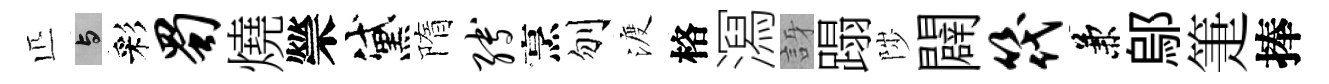
匹与彩蜀燒禜黛隋缚烹刎渡格㵼訝蹋陟闢筏兼鄔箑捧